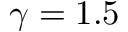
\gamma = 1 . 5